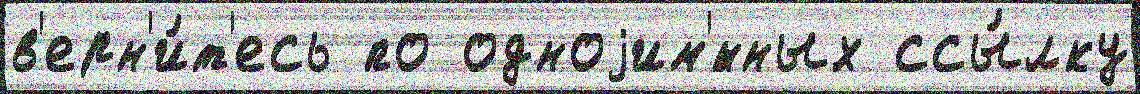
в'ерн'и́т'есь по одноjим'́нных ссы́лку